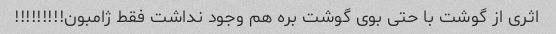
اثری از گوشت با حتی بوی گوشت بره هم وجود نداشت فقط ژامبون!!!!!!!!!